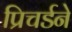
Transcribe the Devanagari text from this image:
प्रिचर्डने